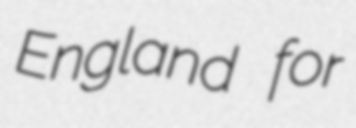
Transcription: England for